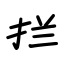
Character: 拦